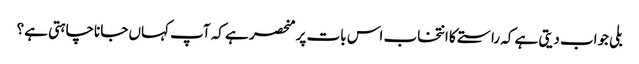
بلی جواب دیتی ہے کہ راستے کا انتخاب اس بات پر منحصر ہے کہ آپ کہاں جاناچاہتی ہے؟